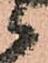
候